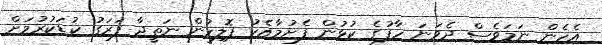
އެހެން ނަމަވެސް ދެވަނަ ހާފުގެ ކުޅުން ފެށުމާއެކު ޕޮލިހުން ނަތީޖާ ފަރަގު ކުޑަކުރުމަށް